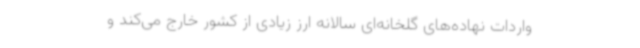
واردات نهاده‌های گلخانه‌ای سالانه ارز زیادی از کشور خارج می‌کند و